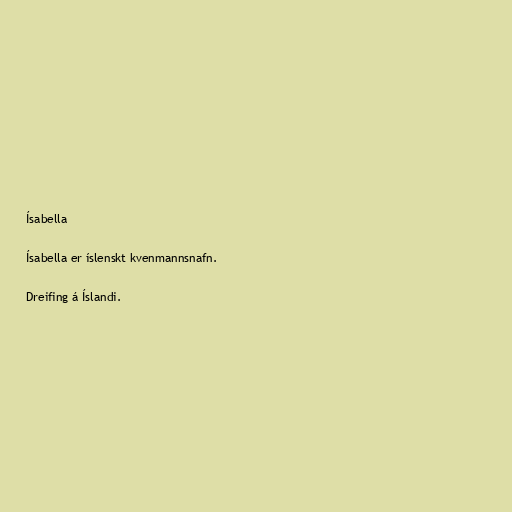
Ísabella

Ísabella er íslenskt kvenmannsnafn.

Dreifing á Íslandi.